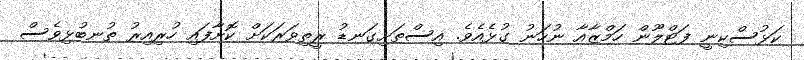
ކަޅުސްކިނީ ފަޓްލޫން ހަމްޒާއާ ނުހަނު ގުޅެއެވެ. އިސްތަށިގަނޑު ރީތިވަރަކަށް ކޮށާފައި ހުރިއިރު ތުނބުޅިވެސް